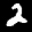
Label: 2